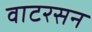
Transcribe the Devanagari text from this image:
वाटरसन